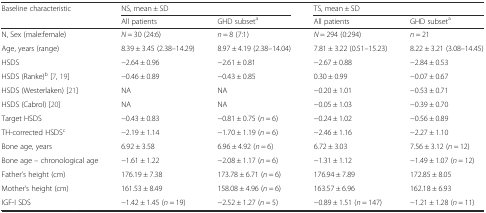
<table><thead><tr><td><b>Baseline characteristic</b></td><td colspan="2"><b>NS, mean ± SD</b></td><td colspan="2"><b>TS, mean ± SD</b></td></tr><tr><td></td><td><b>All patients</b></td><td><b>GHD subset<sup>a</sup></b></td><td><b>All patients</b></td><td><b>GHD subset<sup>a</sup></b></td></tr></thead><tbody><tr><td>N, Sex (male:female)</td><td><i>N</i> = 30 (24:6)</td><td><i>n</i> = 8 (7:1)</td><td><i>N</i> = 294 (0:294)</td><td><i>n</i> = 21</td></tr><tr><td>Age, years (range)</td><td>8.39 ± 3.45 (2.38–14.29)</td><td>8.97 ± 4.19 (2.38–14.04)</td><td>7.81 ± 3.22 (0.51–15.23)</td><td>8.22 ± 3.21 (3.08–14.45)</td></tr><tr><td>HSDS</td><td>−2.64 ± 0.96</td><td>−2.61 ± 0.81</td><td>−2.67 ± 0.88</td><td>−2.84 ± 0.53</td></tr><tr><td>HSDS (Ranke)<sup>b</sup> [7, 19]</td><td>−0.46 ± 0.89</td><td>−0.43 ± 0.85</td><td>0.30 ± 0.99</td><td>−0.07 ± 0.67</td></tr><tr><td>HSDS (Westerlaken) [21]</td><td>NA</td><td>NA</td><td>−0.20 ± 1.01</td><td>−0.53 ± 0.71</td></tr><tr><td>HSDS (Cabrol) [20]</td><td>NA</td><td>NA</td><td>−0.05 ± 1.03</td><td>−0.39 ± 0.70</td></tr><tr><td>Target HSDS</td><td>−0.43 ± 0.83</td><td>−0.81 ± 0.75 (<i>n</i> = 6)</td><td>−0.24 ± 1.02</td><td>−0.56 ± 0.89</td></tr><tr><td>TH-corrected HSDS<sup>c</sup></td><td>−2.19 ± 1.14</td><td>−1.70 ± 1.19 (<i>n</i> = 6)</td><td>−2.46 ± 1.16</td><td>−2.27 ± 1.10</td></tr><tr><td>Bone age, years</td><td>6.92 ± 3.58</td><td>6.96 ± 4.92 (<i>n</i> = 6)</td><td>6.72 ± 3.03</td><td>7.56 ± 3.12 (<i>n</i> = 12)</td></tr><tr><td>Bone age – chronological age</td><td>−1.61 ± 1.22</td><td>−2.08 ± 1.17 (<i>n</i> = 6)</td><td>−1.31 ± 1.12</td><td>−1.49 ± 1.07 (<i>n</i> = 12)</td></tr><tr><td>Father’s height (cm)</td><td>176.19 ± 7.38</td><td>173.78 ± 6.71 (<i>n</i> = 6)</td><td>176.94 ± 7.89</td><td>172.85 ± 8.05</td></tr><tr><td>Mother’s height (cm)</td><td>161.53 ± 8.49</td><td>158.08 ± 4.96 (<i>n</i> = 6)</td><td>163.57 ± 6.96</td><td>162.18 ± 6.93</td></tr><tr><td>IGF-I SDS</td><td>−1.42 ± 1.45 (<i>n</i> = 19)</td><td>−2.52 ± 1.27 (<i>n</i> = 5)</td><td>−0.89 ± 1.51 (<i>n</i> = 147)</td><td>−1.21 ± 1.28 (<i>n</i> = 11)</td></tr></tbody></table>